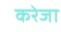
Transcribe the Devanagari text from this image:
करेजा